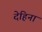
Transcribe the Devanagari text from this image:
देहिनां